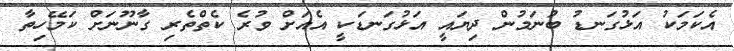
އެކަމަކު އަޅުގަނޑު ބުނަމުން ދިޔައީ އަޅުގަނޑަކީ އެއަށް ވުރެ ކެތްތެރި ގާނޫނަށް ކަމޭހިތާ